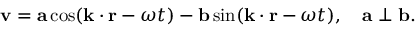
\mathbf { v } = \mathbf { a } \cos ( \mathbf { k } \cdot \mathbf { r } - \omega t ) - \mathbf { b } \sin ( \mathbf { k } \cdot \mathbf { r } - \omega t ) , \quad \mathbf { a } \perp \mathbf { b } .